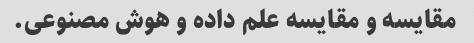
مقایسه و مقایسه علم داده و هوش مصنوعی.